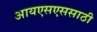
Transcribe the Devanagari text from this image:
आयएसएससाठी